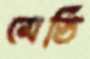
মেডি